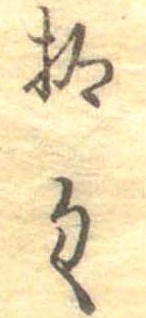
拾匁